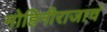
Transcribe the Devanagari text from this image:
मोहिनीराजाचं